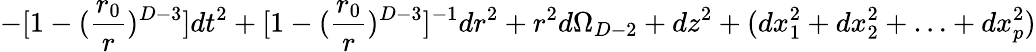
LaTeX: -[1-({\frac{r_{0}}{r}})^{D-3}]dt^{2}+[1-({\frac{r_{0}}{r}})^{D-3}]^{-1}dr^{2}+r^{2}d\Omega_{D-2}+dz^{2}+(dx_{1}^{2}+dx_{2}^{2}+\ldots+dx_{p}^{2})